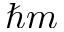
\hbar m